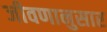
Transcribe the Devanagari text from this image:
जीवणानुसार